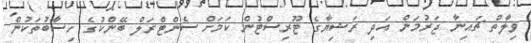
ވިލާތް ޗައިނާ ޖަރުމަން އަދި ރަޝިޔާގެ ޓޫރިސްޓުން ކަމަށް ސެންޓްރަލް ބޭންކުގެ ހިސާބުތަކުން